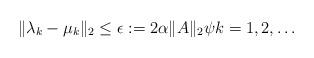
LaTeX: \begin{align*}\| \lambda_k - \mu_k \|_2 \le \epsilon:=2 \alpha \| A \|_2 \psi k=1,2,\dots\end{align*}